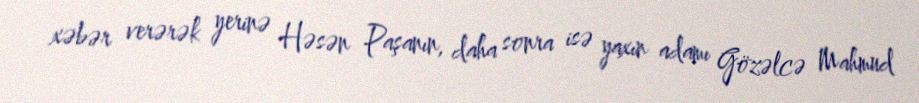
xəbər verərək yerinə Həsən Paşanın, daha sonra isə yaxın adamı Gözəlcə Mahmud